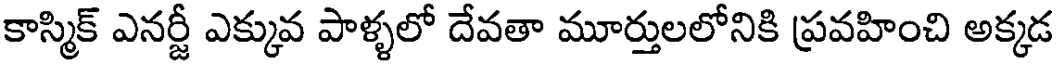
కాస్మిక్ ఎనర్జీ ఎక్కువ పాళ్ళలో దేవతా మూర్తులలోనికి ప్రవహించి అక్కడ